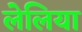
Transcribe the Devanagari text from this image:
लेलिया